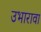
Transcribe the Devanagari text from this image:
उभारावा